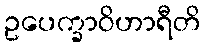
ဥပေက္ခာဝိဟာရီတိ